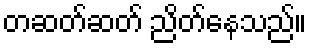
တဆတ်ဆတ် ညိတ်နေသည်။